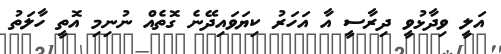
އަލީ ވިދާޅުވީ ދިރާސީ އާ އަހަރު ކިޔަވައިދޭނެ ގޮތެއް ނުނިމި އޮތީ ހާލަތު